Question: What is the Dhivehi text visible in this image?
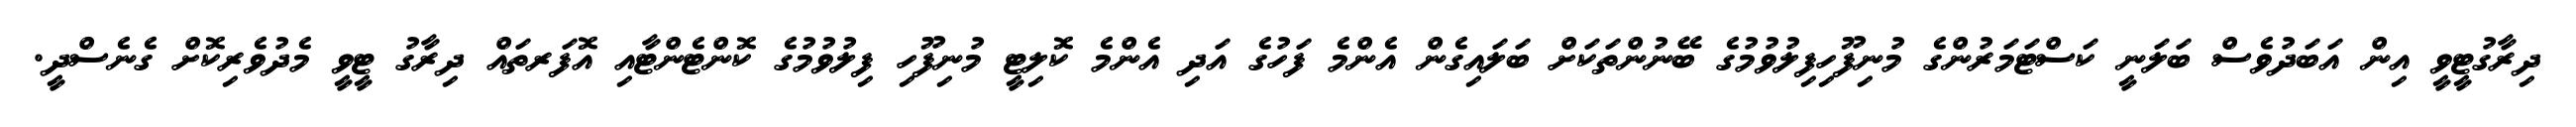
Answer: ދިރާގުޓީވީ އިން އަބަދުވެސް ބަލަނީ ކަސްޓަމަރުންގެ މުނިފޫހިފިލުވުމުގެ ބޭނުންތަކަށް ބަލައިގެން އެންމެ ފަހުގެ އަދި އެންމެ ކޮލިޓީ މުނިފޫހި ފިލުވުމުގެ ކޮންޓެންޓާއި އޮފަރތައް ދިރާގު ޓީވީ މެދުވެރިކޮށް ގެނެސްދީ.